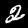
Digit: 2